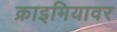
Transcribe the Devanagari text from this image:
क्राइमियावर